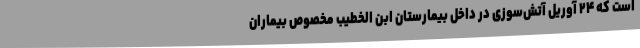
است که ۲۴ آوریل آتش‌سوزی در داخل بیمارستان ابن الخطیب مخصوص بیماران